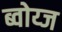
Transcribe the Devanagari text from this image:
ब्वोय्ज